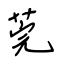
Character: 莞